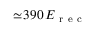
\simeq \! 3 9 0 \, E _ { \mathrm { ~ r ~ e ~ c ~ } }